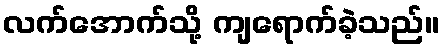
လက်အောက်သို့ ကျရောက်ခဲ့သည်။